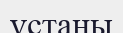
ұстаны